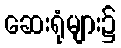
ဆေးရုံများ၌